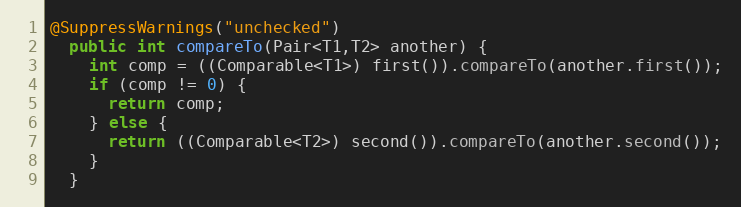
Language: Java
@SuppressWarnings("unchecked")
  public int compareTo(Pair<T1,T2> another) {
    int comp = ((Comparable<T1>) first()).compareTo(another.first());
    if (comp != 0) {
      return comp;
    } else {
      return ((Comparable<T2>) second()).compareTo(another.second());
    }
  }